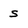
Character: s